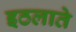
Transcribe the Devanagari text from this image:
इठलाते